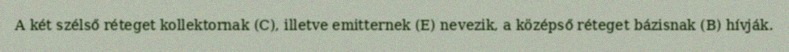
A két szélső réteget kollektornak (C), illetve emitternek (E) nevezik, a középső réteget bázisnak (B) hívják.